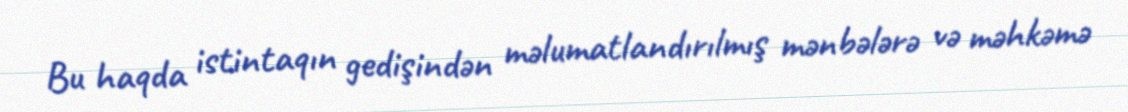
Bu haqda istintaqın gedişindən məlumatlandırılmış mənbələrə və məhkəmə